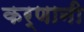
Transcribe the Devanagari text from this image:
कर्णानी